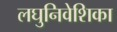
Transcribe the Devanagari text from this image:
लघुनिवेशिका